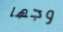
وجها